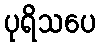
ပုရိသပေ